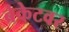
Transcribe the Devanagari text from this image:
ब्रेकेटवर